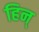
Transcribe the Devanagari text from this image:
हिन्